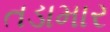
તડામાર